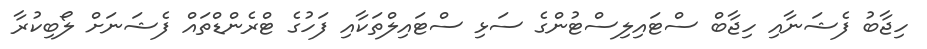
ހިޖާބު ފެޝަނާއި ހިޖާބް ސްޓައިލިސްޓުންގެ ސަޅި ސްޓައިލްތަކާއި ފަހުގެ ޓްރެންޑްތައް ފެޝަނަށް ލޯބިކުރާ